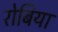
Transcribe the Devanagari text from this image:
रोबिया